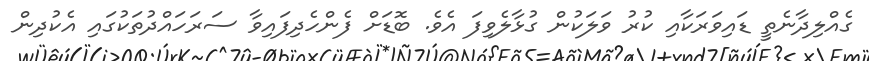
ގެއްލިދާނެތީ ޑައިވަރަކާއި ކުރު ވަލަކުން ގުޅާލެވިފަ އެވެ. ބޮޑަށް ފެންހެދިފައިވާ ސަރަހައްދުތަކުގައި އެކުދިން